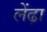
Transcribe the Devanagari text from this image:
लेंढ़ा